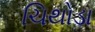
ચિથોડા